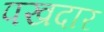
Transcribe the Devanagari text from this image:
पखदार